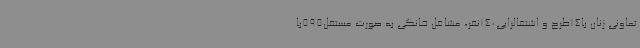
تعاونی زنان با14طرح و اشتغالزایی140نفر، مشاغل خانگی به صورت مستقل595با